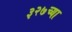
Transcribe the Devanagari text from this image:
३२७च्या